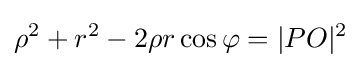
\rho ^{2}+r^{2}-2\rho r\cos \varphi =|PO|^{2}